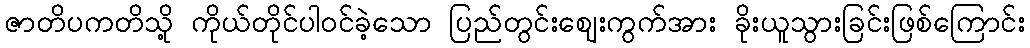
ဇာတိပကတိသို့ ကိုယ်တိုင်ပါဝင်ခဲ့သော ပြည်တွင်းဈေးကွက်အား ခိုးယူသွားခြင်းဖြစ်ကြောင်း